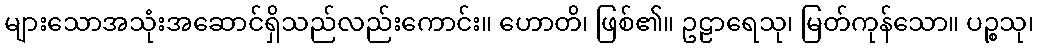
များသောအသုံးအဆောင်ရှိသည်လည်းကောင်း။ ဟောတိ၊ ဖြစ်၏။ ဥဠာရေသု၊ မြတ်ကုန်သော။ ပဉ္စသု၊